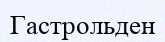
Гастрольден